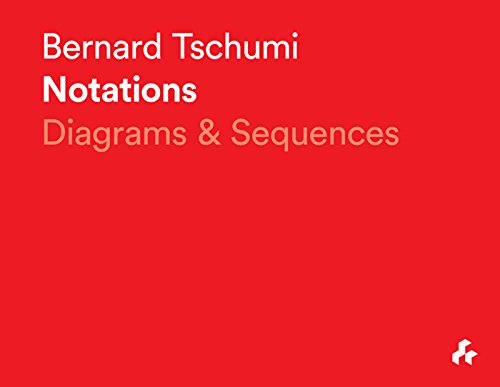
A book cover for Notations: Diagrams and Sequences; Bernard Tschumi; Arts & Photography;